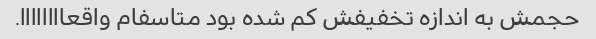
حجمش به اندازه تخفیفش کم شده بود متاسفام واقعاااااااا.